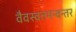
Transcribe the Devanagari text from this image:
वैवस्वतमन्वन्तर